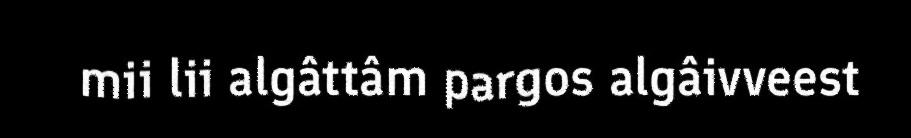
mii lii algâttâm pargos algâivveest